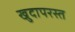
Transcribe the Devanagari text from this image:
खुदापरस्त